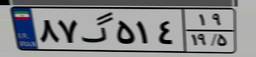
۸۷گ۵۱۴۱۹